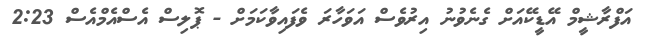
އަފްރާޝީމް އޭޑީކޭއަށް ގެނެވުނު އިރުވެސް އަވަހާރަ ވެފައިވާކަމަށް - ޕޮލިސް އެސްއެމްއެސް 2:23